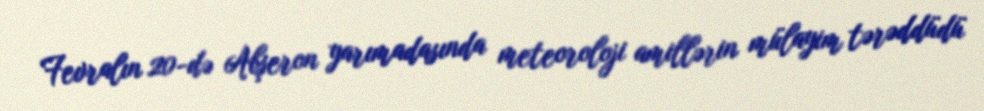
Fevralın 20-də Abşeron yarımadasında meteoroloji amillərin mülayim tərəddüdü